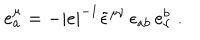
e _ { a } ^ { \mu } = - | e | ^ { - 1 } \tilde { \epsilon } ^ { \mu \nu } \, \epsilon _ { a b } \, e _ { \nu } ^ { b } \; .